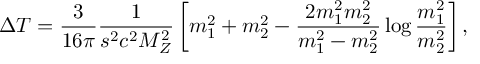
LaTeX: \Delta T = { \frac { 3 } { 1 6 \pi } } { \frac { 1 } { s ^ { 2 } c ^ { 2 } M _ { Z } ^ { 2 } } } \left[ m _ { 1 } ^ { 2 } + m _ { 2 } ^ { 2 } - { \frac { 2 m _ { 1 } ^ { 2 } m _ { 2 } ^ { 2 } } { m _ { 1 } ^ { 2 } - m _ { 2 } ^ { 2 } } } \log { \frac { m _ { 1 } ^ { 2 } } { m _ { 2 } ^ { 2 } } } \right] ,